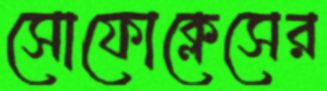
সোফোক্লেসের